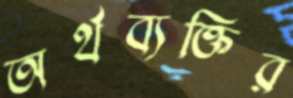
অর্থব্যক্তির